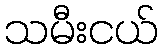
သမီးငယ်